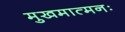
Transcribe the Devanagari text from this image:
मुखमात्मनः